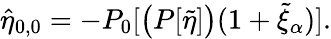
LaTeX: \hat{\eta}_{0,0}=-P_{0}[\big(P[\tilde{\eta}]\big)(1+\tilde{\xi}_{\alpha})].